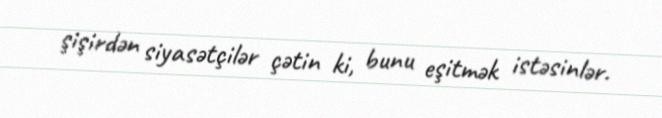
şişirdən siyasətçilər çətin ki, bunu eşitmək istəsinlər.